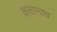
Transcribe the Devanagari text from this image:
कलामाथ